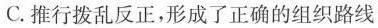
C.推行拨乱反正，形成了正确的组织路线